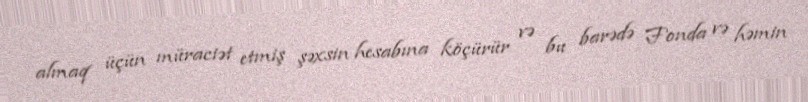
almaq üçün müraciət etmiş şəxsin hesabına köçürür və bu barədə Fonda və həmin